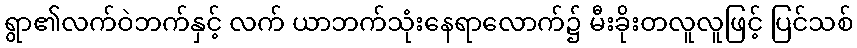
ရွာ၏လက်ဝဲဘက်နှင့် လက် ယာဘက်သုံးနေရာလောက်၌ မီးခိုးတလူလူဖြင့် ပြင်သစ်